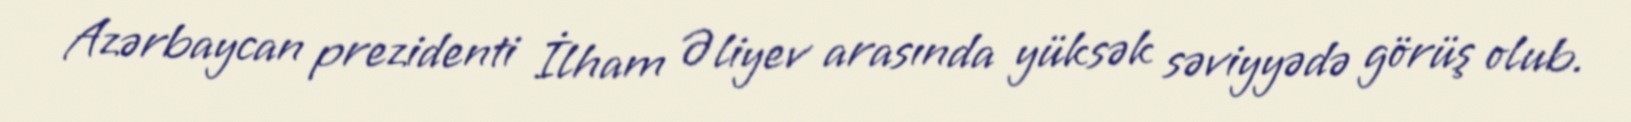
Azərbaycan prezidenti İlham Əliyev arasında yüksək səviyyədə görüş olub.